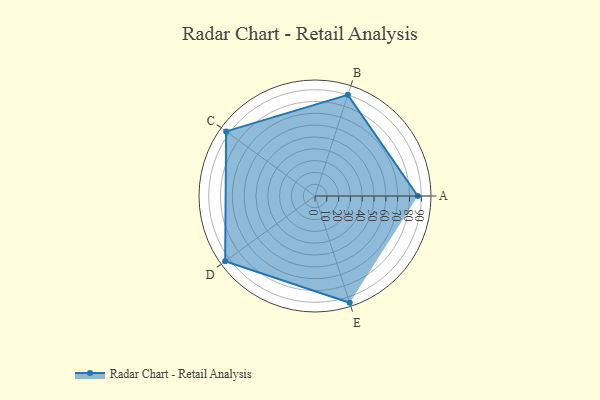
{"axis": {"x": "Skill", "y": "Score"}, "legend": ["Profile"], "data": [{"x": "A", "y": 87.0, "type": "Profile"}, {"x": "B", "y": 90.0, "type": "Profile"}, {"x": "C", "y": 93.0, "type": "Profile"}, {"x": "D", "y": 94.0, "type": "Profile"}, {"x": "E", "y": 95.0, "type": "Profile"}]}